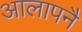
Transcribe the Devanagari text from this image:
आलापनै